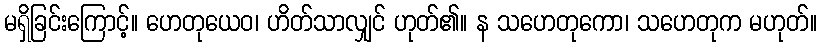
မရှိခြင်းကြောင့်။ ဟေတုယေဝ၊ ဟိတ်သာလျှင် ဟုတ်၏။ န သဟေတုကော၊ သဟေတုက မဟုတ်။